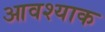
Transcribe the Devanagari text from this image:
आवश्याक